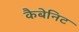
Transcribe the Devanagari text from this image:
कैबेनिट